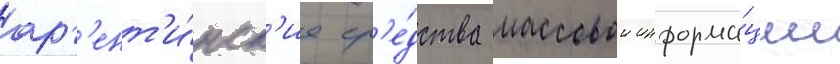
арг'ент'и́нск'ие ср'е́дства массовои информа́ции